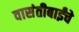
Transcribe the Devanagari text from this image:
वासंतीबाईंचे